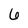
Character: 6